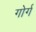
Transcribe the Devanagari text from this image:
गोर्ग